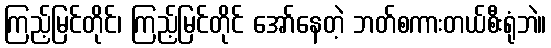
ကြည့်မြင်တိုင်၊ ကြည့်မြင်တိုင် အော်နေတဲ့ ဘတ်စကားတယ်စီးရုံဘဲ။